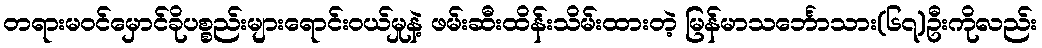
တရားမဝင်မှောင်ခိုပစ္စည်းများရောင်းဝယ်မှုနဲ့ ဖမ်းဆီးထိန်းသိမ်းထားတဲ့ မြန်မာသင်္ဘောသား(၆၇)ဦးကိုလည်း